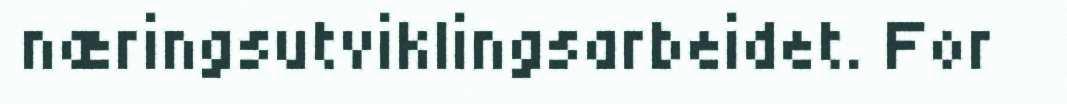
næringsutviklingsarbeidet. For